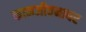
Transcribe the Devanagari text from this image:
कामजीवनावर